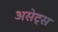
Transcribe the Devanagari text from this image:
असेट्स